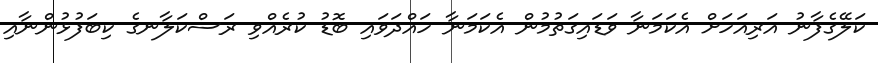
ކަލޭގެފާނު އަރިއަހަށް އެކަމަނާ ވަޑައިގަތުމުން އެކަމަނާ ހައްދަވައި ބޮޑު ކުރެއްވި ރަސްކަލާނގެ ކިބަފުޅުންނާއި